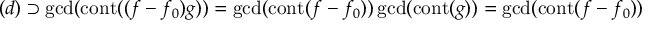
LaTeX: ( d ) \supset \gcd ( \operatorname { c o n t } ( ( f - f _ { 0 } ) g ) ) = \gcd ( \operatorname { c o n t } ( f - f _ { 0 } ) ) \gcd ( \operatorname { c o n t } ( g ) ) = \gcd ( \operatorname { c o n t } ( f - f _ { 0 } ) )